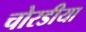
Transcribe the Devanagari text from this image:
चोरडीया